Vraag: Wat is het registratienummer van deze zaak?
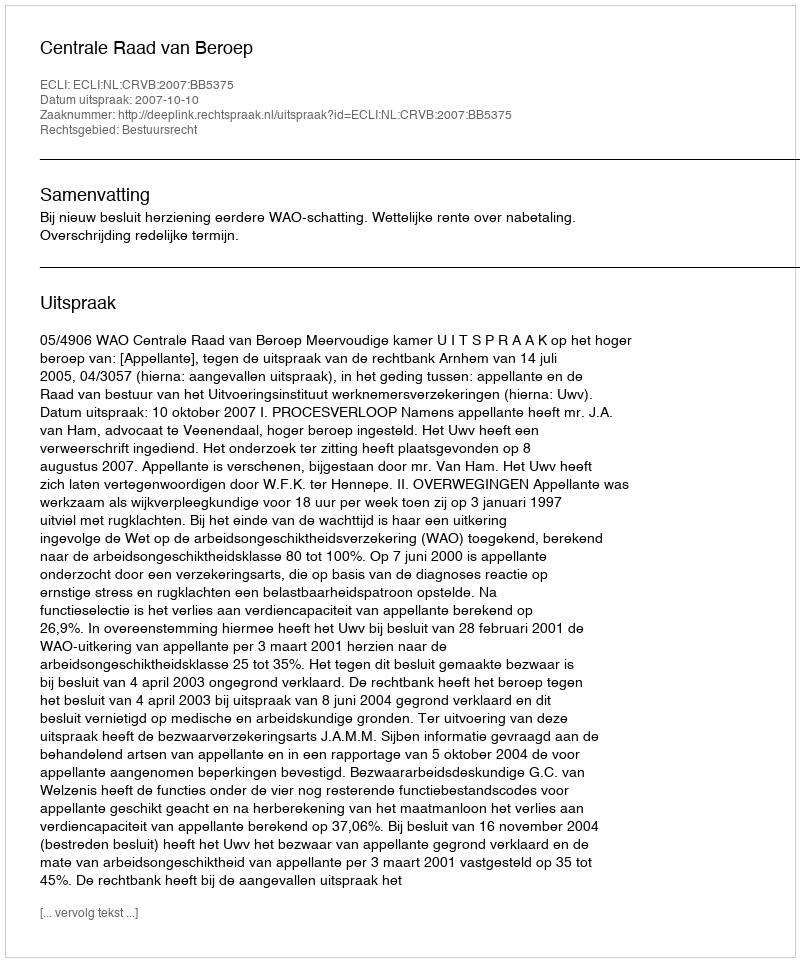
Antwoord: http://deeplink.rechtspraak.nl/uitspraak?id=ECLI:NL:CRVB:2007:BB5375